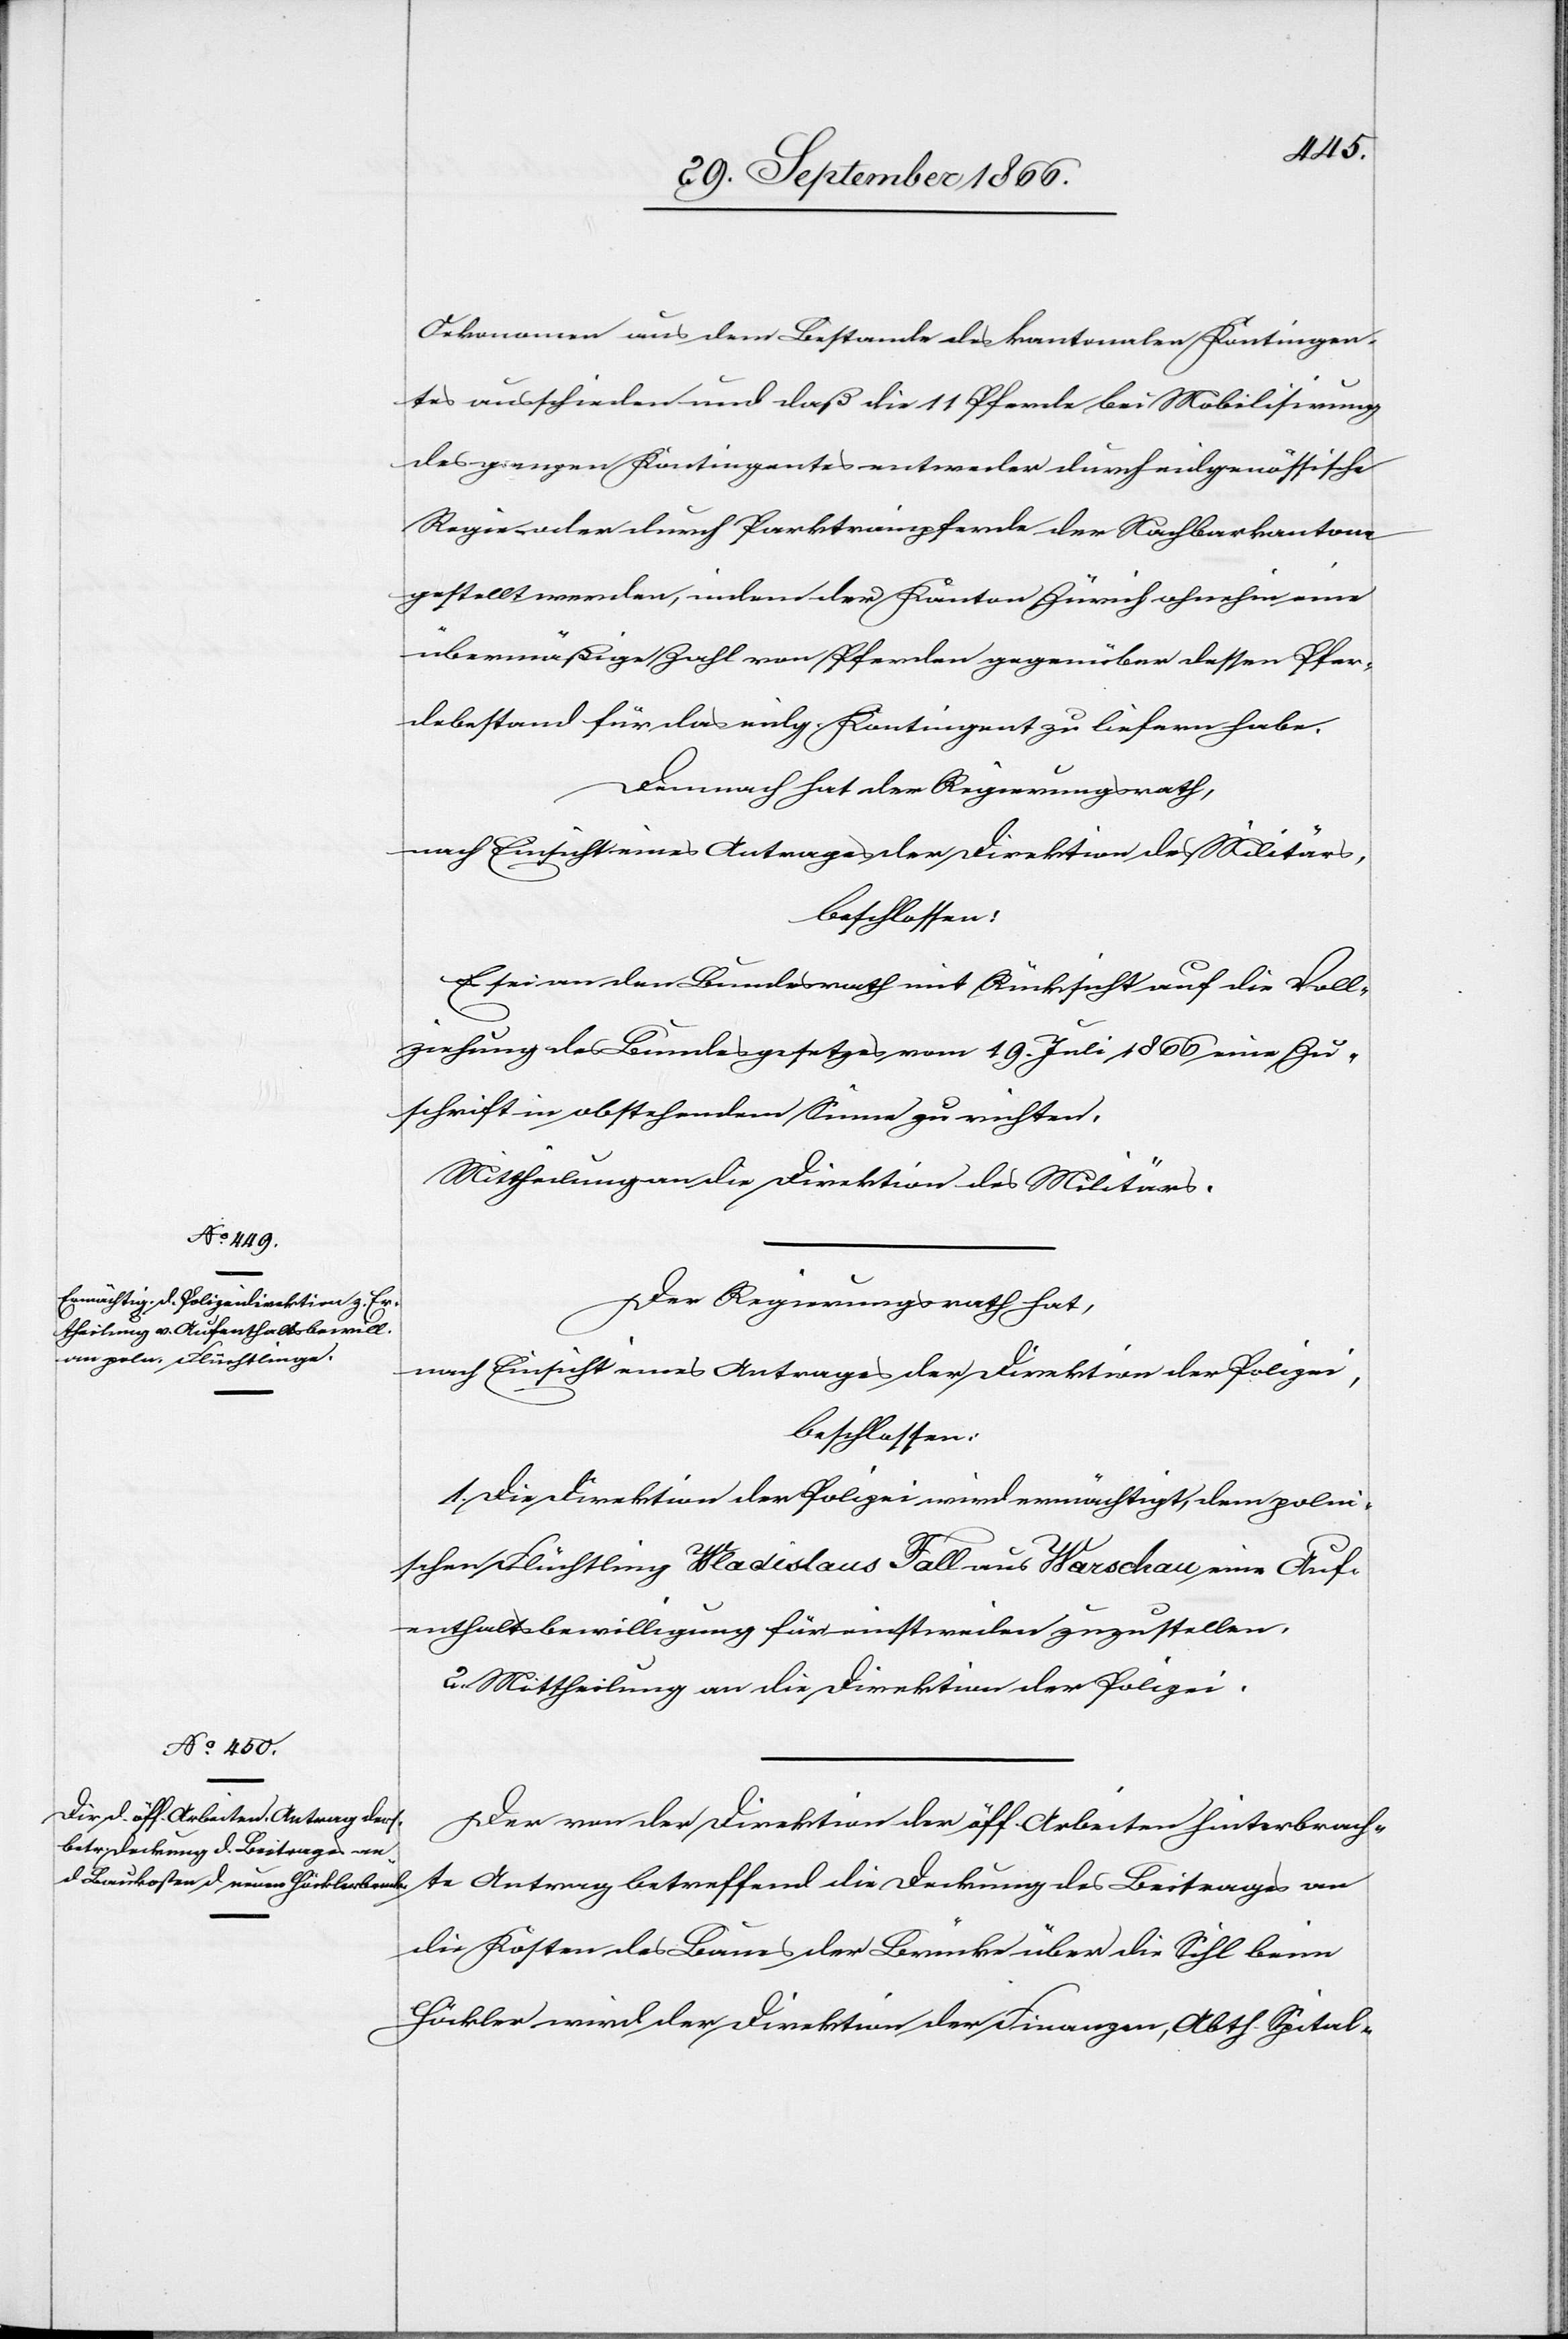
Oekonomen aus dem Bestande des kantonalen Kontingen¬
tes ausschieden und daß die 11 Pferde bei Mobilisirung
des ganzen Kontingentes entweder durch eidgenössische
Regie- oder durch Parktrainpferde der Nachbarkantone
gestellt werden, indem der Kanton Zürich ohnehin eine
übermäßige Zahl von Pferden gegenüber dessen Pfer¬
debestand für das eidg. Kontingent zu liefern habe.
Demnach hat der Regierungsrath,
nach Einsicht eines Antrages der Direktion des Militärs,
beschlossen:
Es sei an den Bundesrath mit Rücksicht auf die Voll¬
ziehung des Bundesgesetzes vom 19. Juli 1866 eine Zu¬
schrift in obstehendem Sinne zu richten.
Mittheilung an die Direktion des Militärs.
Der Regierungsrath hat,
nach Einsicht eines Antrages der Direktion der Polizei,
beschlossen:
1. Die Direktion der Polizei wird ermächtigt, dem polni¬
schen Flüchtling Wadislaus Fall aus Warschau eine Auf¬
enthaltsbewilligung für einstweilen zuzustellen.
2. Mittheilung an die Direktion der Polizei.
Der von der Direktion der öff. Arbeiten hinterbrach¬
te Antrag betreffend die Deckung des Beitrages an
die Kosten des Baues der Brücke über die Sihl beim
Häckler wird der Direktion der Finanzen, Abth. Spital-